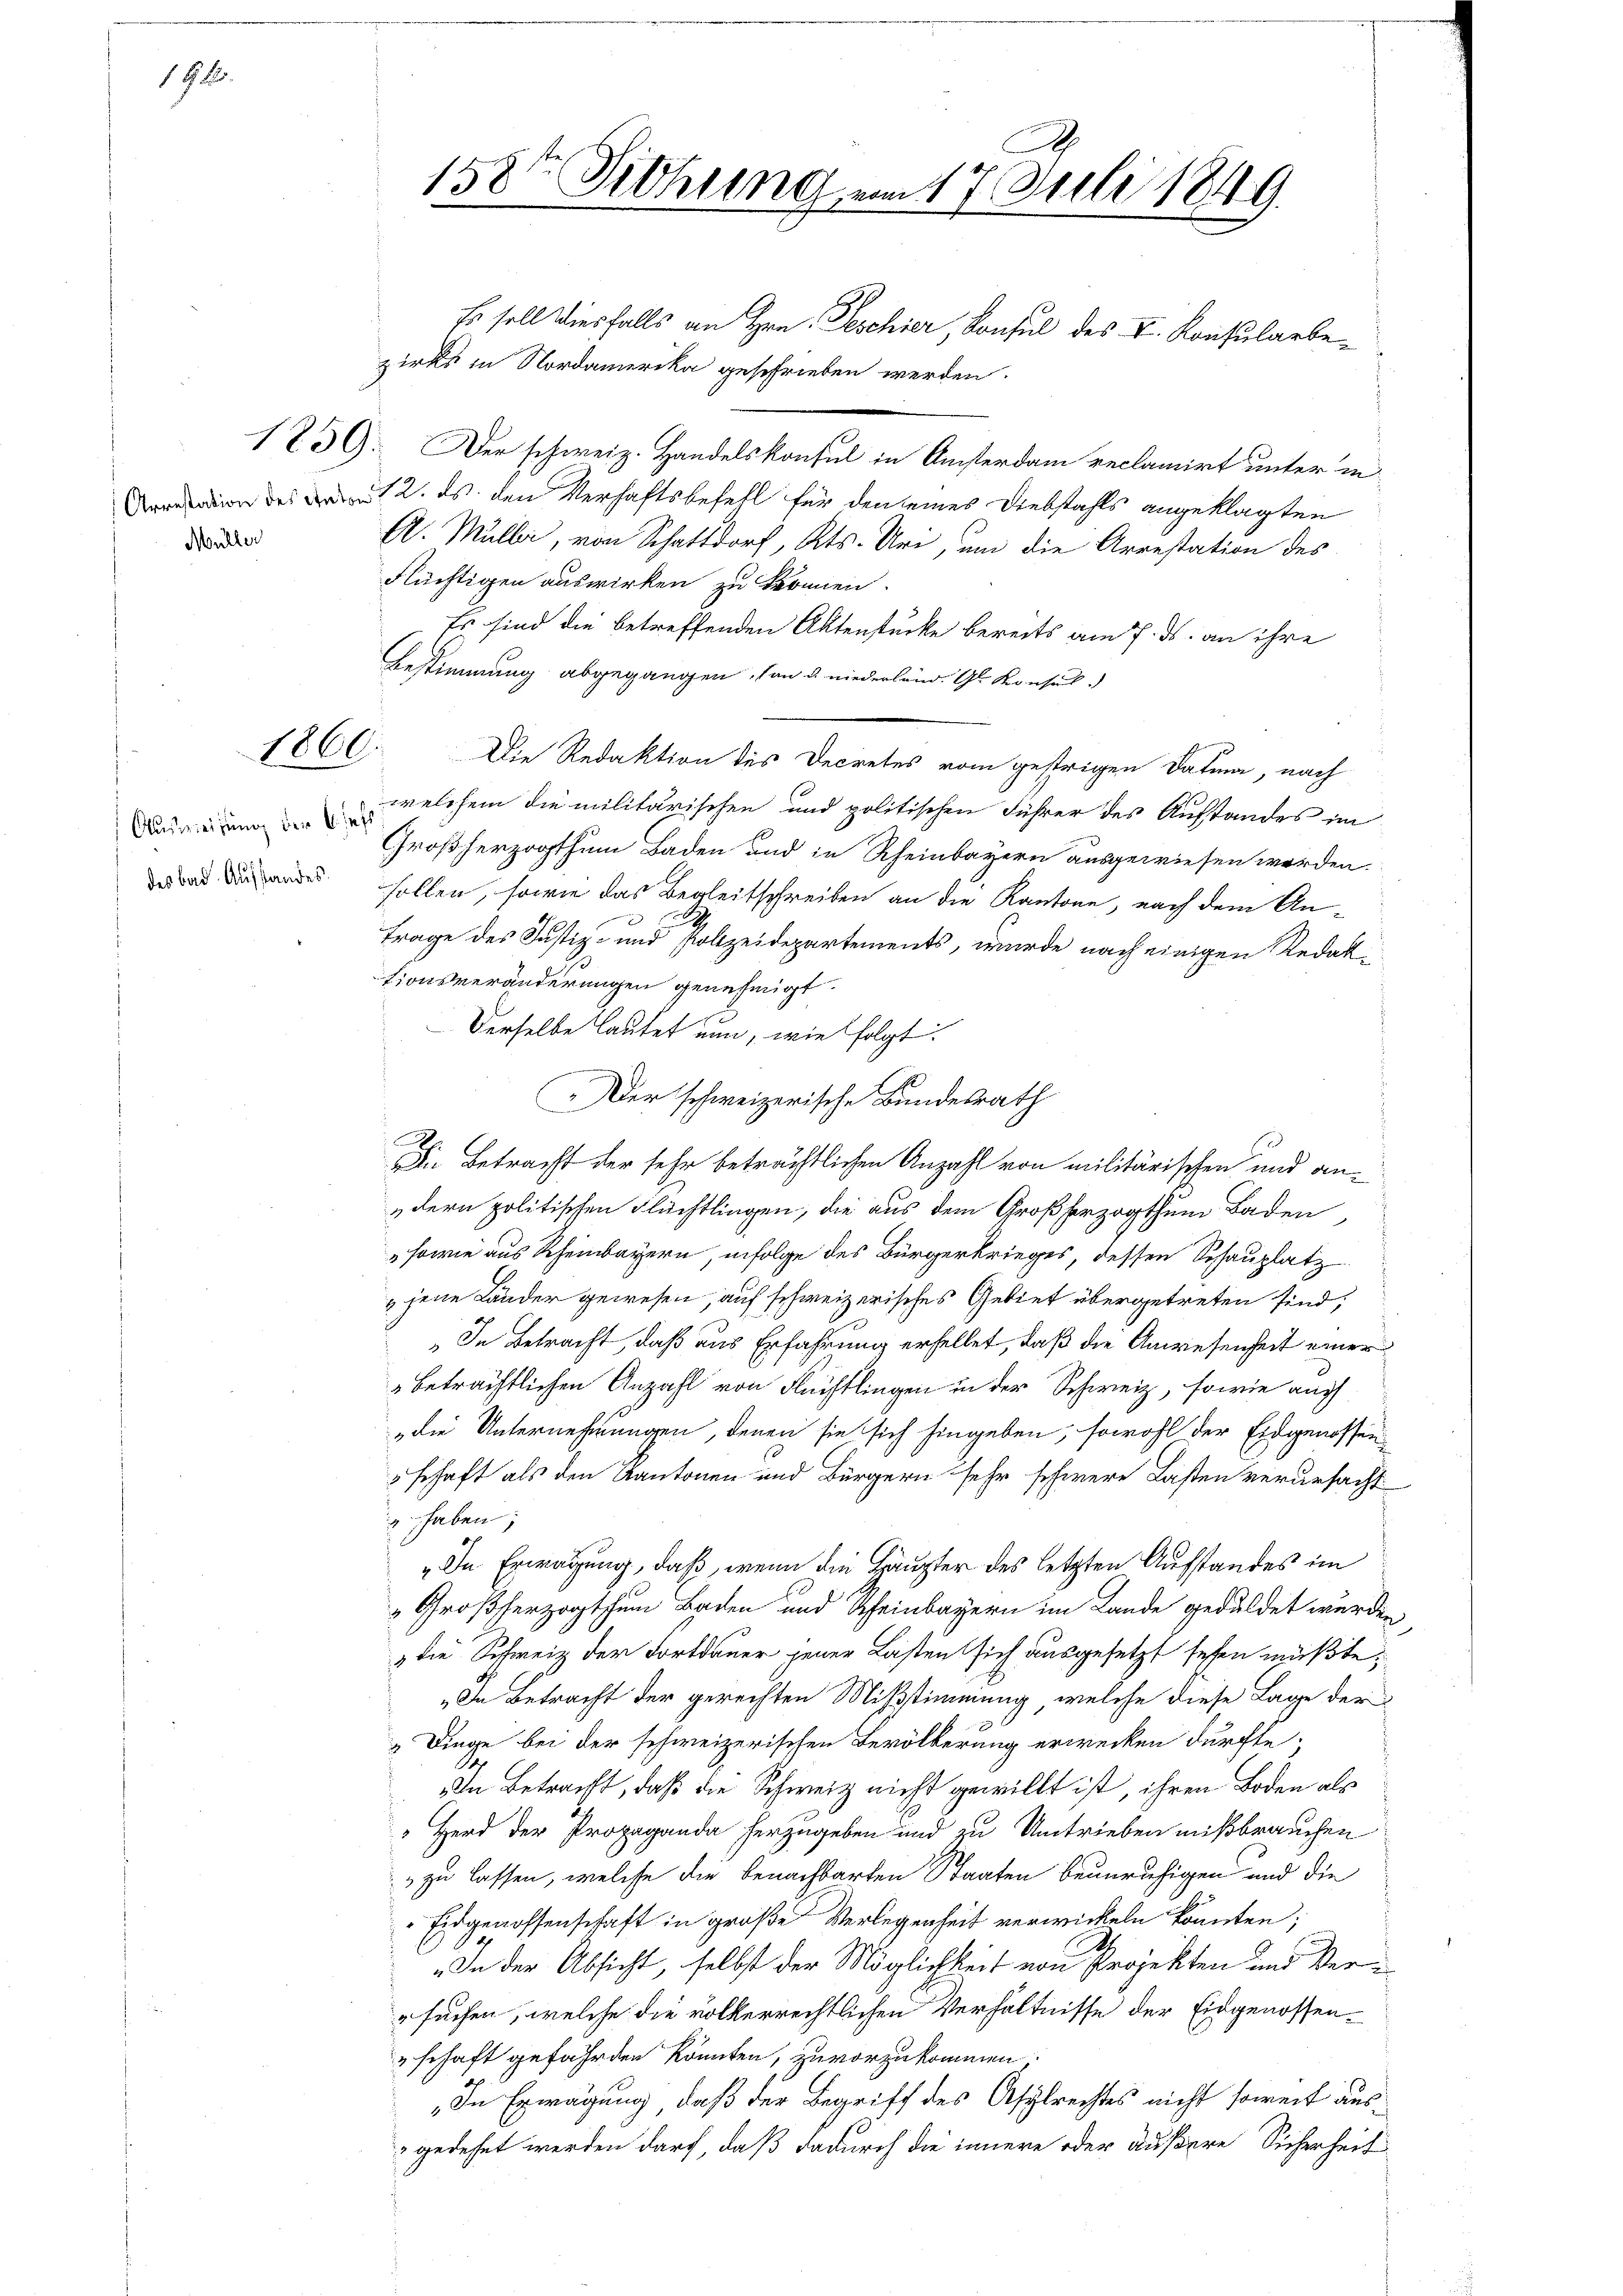
1 S. 2

Müller

1860.

des bad. Aufstandes.

1859. Der schweiz. Handelskonsul in Ansterdam reclamirt unter in
din des 12. ds. den Verhaftsbefehl für den seines Diebstahls angeklagten
A. Mulli, von Schattdorf, Kts. Uri, um die Arrestation des
Flüchtigen auswirken zu können.
Es sind die betreffenden Aktenstücke bereits am 7. ds. an ihre
Bestimmung abgegangen, son u. niederlein. Gl. Konsul
Die Redaktion des Decretes vom gestrigen Datum, nach
dan ein welchem die militärischen und politischen Führer des Aufstandes im
Großherzogthum Baden und in Rheinbayern ausgewiesen werden.
sollen, sowie das Begleitschreiben an die Kantone, nach dem Antrage des Justiz- und Polizeidepartements, wurde nach einigen Redak
tionsveränderungen genehmigt.
Derselbe lautet nun, wie folgt.
Der schweizerische Bundesrath
Die Betracht der sehr beträchtlichen Anzahl von militärischen und andern politischen Flüchtlingen, die aus dem Großherzogthum Baden,
sowie aus Rheinbayern, infolge des Bürgerkrieges, dessen Schauplatz
„jene Länder gewesen, auf schweizerisches Gebiet übergetreten sind,
„In Betracht, daß aus Erfahrung erhellet, daß die Anwesenheit einer
beträchtlichen Anzahl von Flüchtlingen in der Schweiz, sowie auch
die Unternehmungen, denen sie sich hingeben, sowohl der Eidgenossenschaft als den Kantonen und Bürgern sehr schwere Lasten verursacht
 haben,
„In Erwägung, daß, wenn die Häupter des letzten Aufstandes im
Großherzogthum Baden und Scheinbayern im Lande geduldet wurden
 die Schweiz der Fortdauer jener Lasten sich ausgesetzt sehen müßte,
„In Betracht der gerechten Mißstimmung, welche diese Lage der
Dinge bei der schweizerischen Bevölkerung erwecken dürfte;
In Betracht, daß die Schweiz nicht gewillt ist, ihren Boden als
Herd der Propaganda herzugeben und zu Umtrieben mißbrauchen
 zu lassen, welche die benachbarten Staaten beunruhigen und die
Eidgenossenschaft in große Verlegenheit verwickeln könnten;
g
„In der Absicht, selbst der Möglichkeit von Projekten und Ver¬
"suchen, welche die völkerrechtlichen Verhältnisse der Eidgenossenschaft gefährden könnten, zuvorzukommen.
„In Erwägung, daß der Begriff des Asylrechtes nicht soweit ausgedehnt werden darf, daß dadurch die innere oder äußere Sicherheit

158te Sichung am 17. Juli 1849.
Es soll diesfalls an Hrn. Peschier, Konsul des V. Konsularbezirks in Nordamerika geschrieben werden.